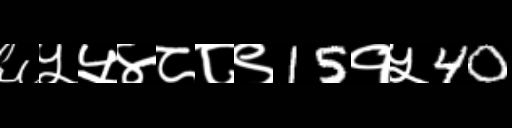
Text: ६५५४८८९15१५40